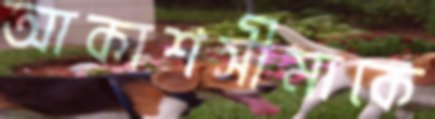
আকাশসীমাকে